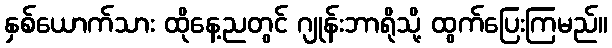
နှစ်ယောက်သား ထိုနေ့ညတွင် ဂျုန်းဘာရိုသို့ ထွက်ပြေးကြမည်။